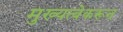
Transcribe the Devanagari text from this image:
मुख्यत्वेकरून्